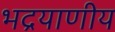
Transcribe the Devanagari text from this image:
भद्रयाणीय